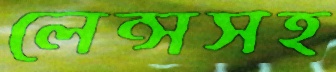
লেন্সসহ